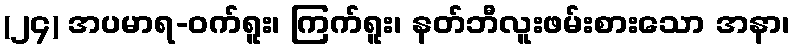
(၂၄) အပမာရ-ဝက်ရူး၊ ကြက်ရူး၊ နတ်ဘီလူးဖမ်းစားသော အနာ၊